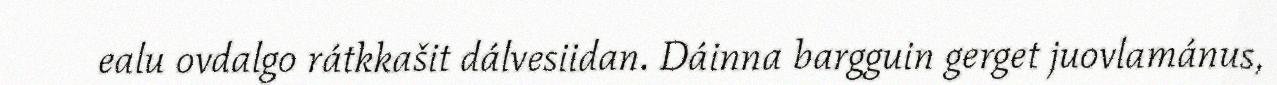
ealu ovdalgo rátkkašit dálvesiidan. Dáinna bargguin gerget juovlamánus,